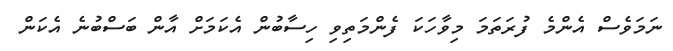
ނަމަވެސް އެންމެ ފުރަތަމަ މިވާހަކަ ފެންމަތިވި ހިސާބުން އެކަމަށް އާން ބަސްބުނެ އެކަން